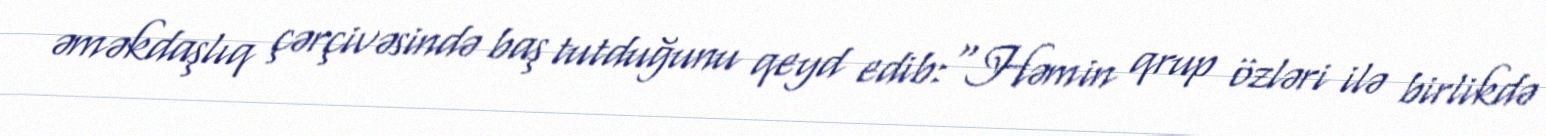
əməkdaşlıq çərçivəsində baş tutduğunu qeyd edib:“Həmin qrup özləri ilə birlikdə